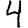
Digit: 4